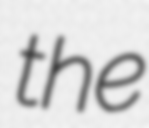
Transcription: the